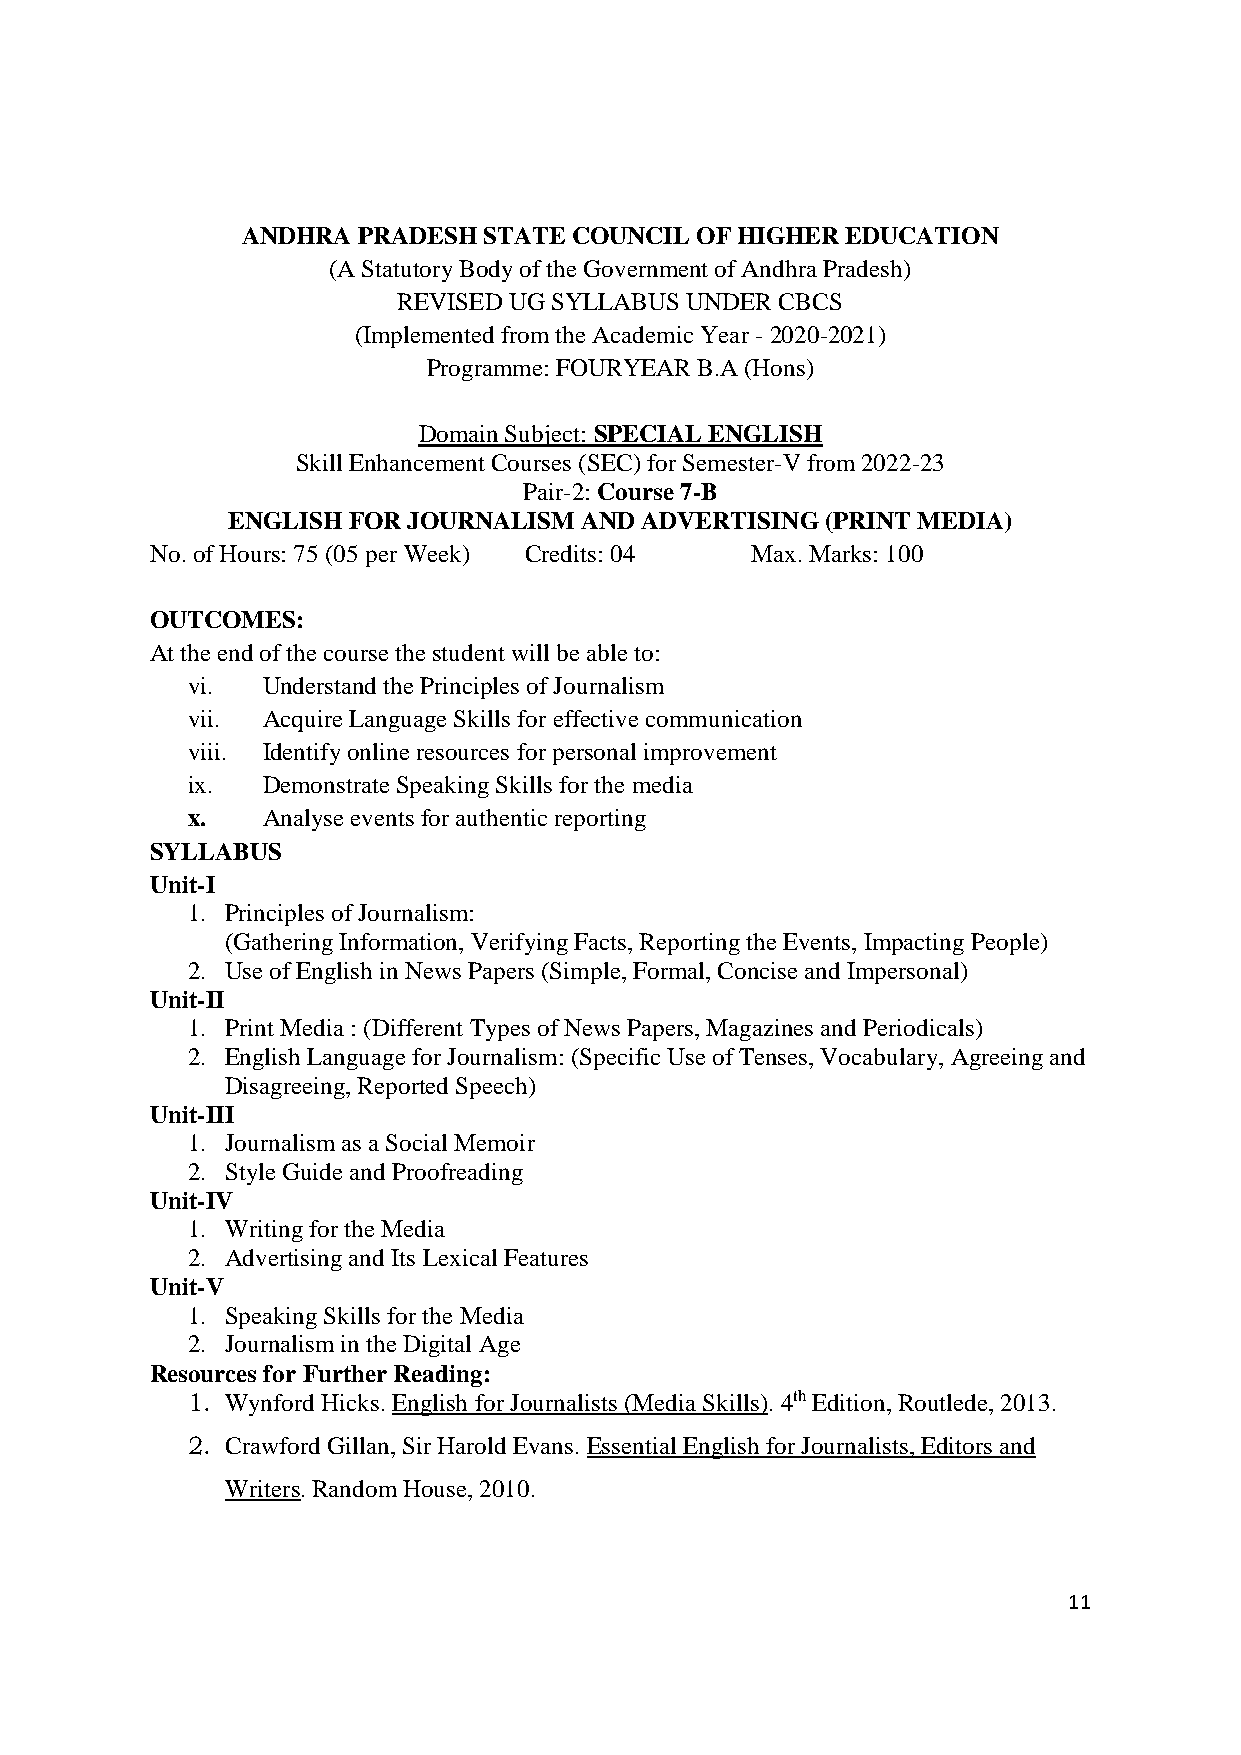
ANDHRA  PRADESH STATE COUNCIL OF HIGHER EDUCATION
 (A Statutory Body of the Government of Andhra Pradesh)
 REVISED UG SYLLABUS UNDER CBCS
 (Implemented from the Academic Year - 2020-2021)
 Programme: FOURYEAR B.A (Hons)
 Domain Subject: SPECIAL ENGLISH
 Skill Enhancement Courses (SEC) for Semester-V from 2022-23
 Pair-2: Course 7-B
 ENGLISH FOR JOURNALISM  AND ADVERTISING (PRINT MEDIA)
 No. of Hours: 75 (05 per Week) Credits: 04 Max. Marks: 100
 OUTCOMES:
 At the end of the course the student will be able to:
 vi.  Understand the Principles of Journalism
 vii. Acquire Language Skills for effective communication
 viii. Identify online resources for personal improvement
 ix.  Demonstrate Speaking Skills for the media
 x.   Analyse events for authentic reporting
 SYLLABUS
 Unit-I
 1. Principles of Journalism:
 (Gathering Information, Verifying Facts, Reporting the Events, Impacting People)
 2. Use of English in News Papers (Simple, Formal, Concise and Impersonal)
 Unit-II
 1. Print Media : (Different Types of News Papers, Magazines and Periodicals)
 2. English Language for Journalism: (Specific Use of Tenses, Vocabulary, Agreeing and
 Disagreeing, Reported Speech)
 Unit-III
 1. Journalism as a Social Memoir
 2. Style Guide and Proofreading
 Unit-IV
 1. Writing for the Media
 2. Advertising and Its Lexical Features
 Unit-V
 1. Speaking Skills for the Media
 2. Journalism in the Digital Age
 Resources for Further Reading:
 1. Wynford Hicks. English for Journalists (Media Skills). 4th Edition, Routlede, 2013.
 2. Crawford Gillan, Sir Harold Evans. Essential English for Journalists, Editors and
 Writers. Random House, 2010.
 11